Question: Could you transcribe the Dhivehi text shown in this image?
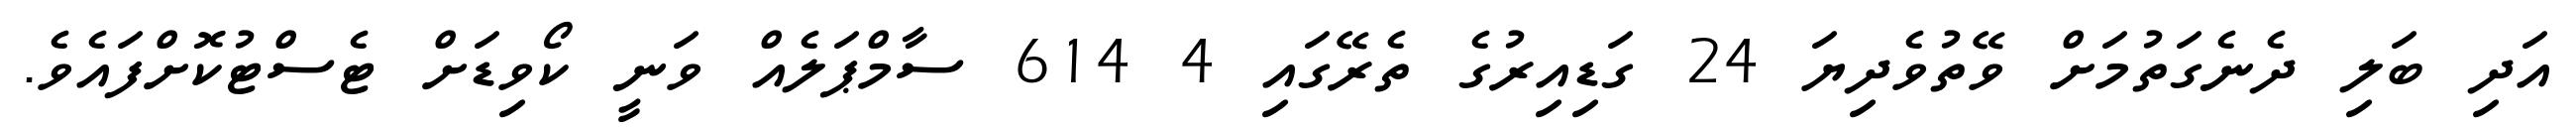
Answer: އަދި ބަލި ދެނެގަތުމަށް ވޭތުވެދިޔަ 24 ގަޑިއިރުގެ ތެރޭގައި 4 614 ސާމްޕަލެއް ވަނީ ކޯވިޑަށް ޓެސްޓުކޮށްފައެވެ.